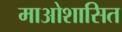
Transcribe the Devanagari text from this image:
माओशासित